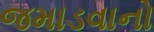
જમાડવાનો